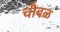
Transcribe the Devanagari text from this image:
चौबळ